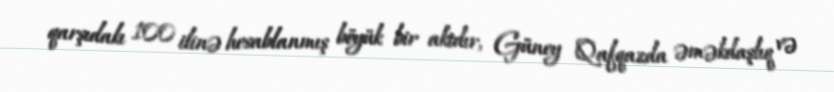
qarşıdakı 100 ilinə hesablanmış böyük bir aktdır, Güney Qafqazda əməkdaşlıq və